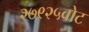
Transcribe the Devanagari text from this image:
२७९२५वोट